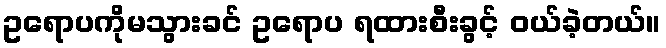
ဥရောပကိုမသွားခင် ဥရောပ ရထားစီးခွင့် ဝယ်ခဲ့တယ်။